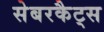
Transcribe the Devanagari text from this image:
सेबरकैट्स